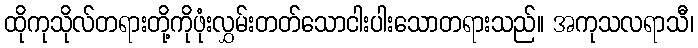
ထိုကုသိုလ်တရားတို့ကိုဖုံးလွှမ်းတတ်သောငါးပါးသောတရားသည်။ အကုသလရာသီ၊